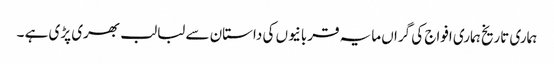
ہماری تاریخ ہماری افواج کی گراں مایہ قربانیوں کی داستان سے لبالب بھری پڑی ہے ۔